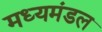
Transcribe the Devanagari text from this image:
मध्यमंडल